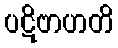
ပဋိဗာဟတိ